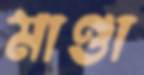
মাণ্ডা